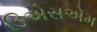
ડિએસએમ